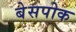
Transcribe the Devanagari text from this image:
बेसपोक